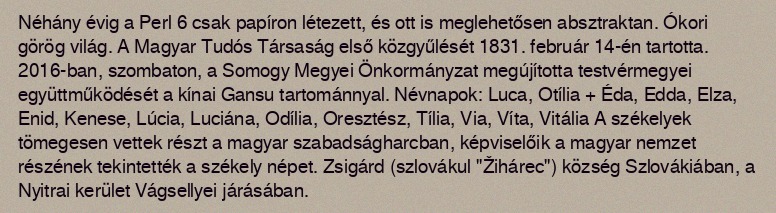
Néhány évig a Perl 6 csak papíron létezett, és ott is meglehetősen absztraktan. Ókori görög világ. A Magyar Tudós Társaság első közgyűlését 1831. február 14-én tartotta. 2016-ban, szombaton, a Somogy Megyei Önkormányzat megújította testvérmegyei együttműködését a kínai Gansu tartománnyal. Névnapok: Luca, Otília + Éda, Edda, Elza, Enid, Kenese, Lúcia, Luciána, Odília, Oresztész, Tília, Via, Víta, Vitália A székelyek tömegesen vettek részt a magyar szabadságharcban, képviselőik a magyar nemzet részének tekintették a székely népet. Zsigárd (szlovákul "Žihárec") község Szlovákiában, a Nyitrai kerület Vágsellyei járásában.